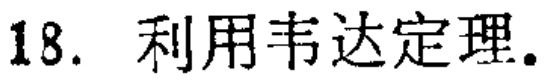
18. 利用韦达定理.